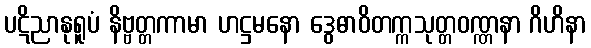
ပဋိညာနုရူပံ နိဗ္ဗတ္တကာမာ ဟဋ္ဌမနော ဒွေဓာဝိတက္ကသုတ္တဝဏ္ဏနာ ဂိဟိနာ